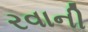
રવાની